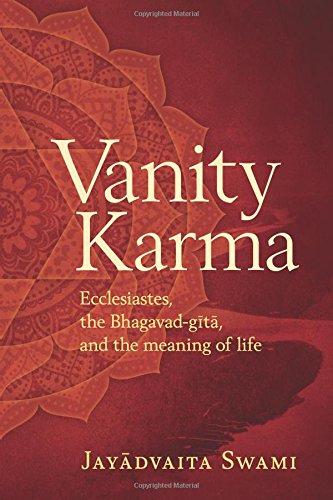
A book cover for Vanity Karma: Ecclesiastes, the Bhagavad-gita, and the meaning of life; Jayadvaita Swami; Religion & Spirituality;